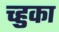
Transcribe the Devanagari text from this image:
च्हुका